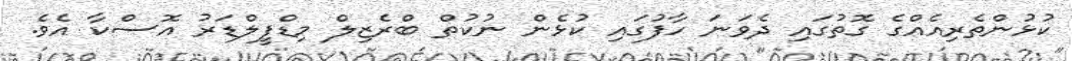
ކުޅުންތެރިއެއްގެ ގޮތުގައި ދެވަނަ ހާފުގައި ކުޅެން ނުކުތް ބްރެޒިލް މިޑްފީލްޑަރު އޮސްކާ އެވެ.